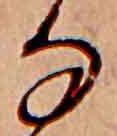
な